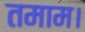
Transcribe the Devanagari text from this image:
तमाम।